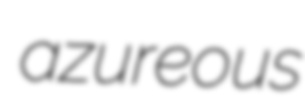
azureous